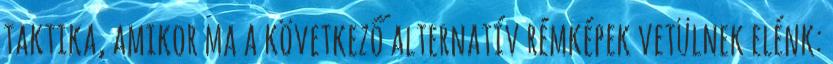
taktika, amikor ma a következő alterna­tív rémké­pek vetülnek elénk: